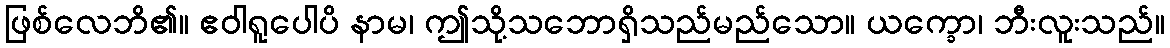
ဖြစ်လေဘိ၏။ ဧဝါရူပေါပိ နာမ၊ ဤသို့သဘောရှိသည်မည်သော။ ယက္ခော၊ ဘီးလူးသည်။